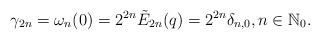
LaTeX: \begin{align*}\gamma_{2n}= \omega_n(0)= 2^{2n} \tilde{E}_{2n}(q)= 2^{2n}\delta_{n,0}, n\in \mathbb{N}_0.\end{align*}